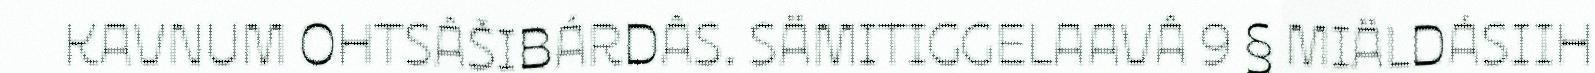
KAVNUM OHTSÂŠIBÁRDÂS. SÄMITIGGELAAVÂ 9 § MIÄLDÁSIIH